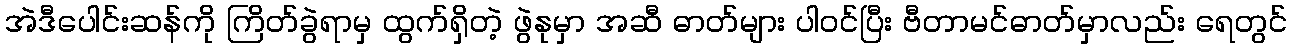
အဲဒီပေါင်းဆန်ကို ကြိတ်ခွဲရာမှ ထွက်ရှိတဲ့ ဖွဲနုမှာ အဆီ ဓာတ်များ ပါဝင်ပြီး ဗီတာမင်ဓာတ်မှာလည်း ရေတွင်